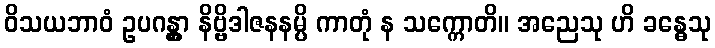
ဝိသယဘာဝံ ဥပဂန္တွာ နိဗ္ဗိဒါဇနနမ္ပိ ကာတုံ န သက္ကောတိ။ အညေသု ဟိ ခန္ဓေသု